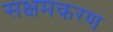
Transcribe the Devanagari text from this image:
सक्षमकरण